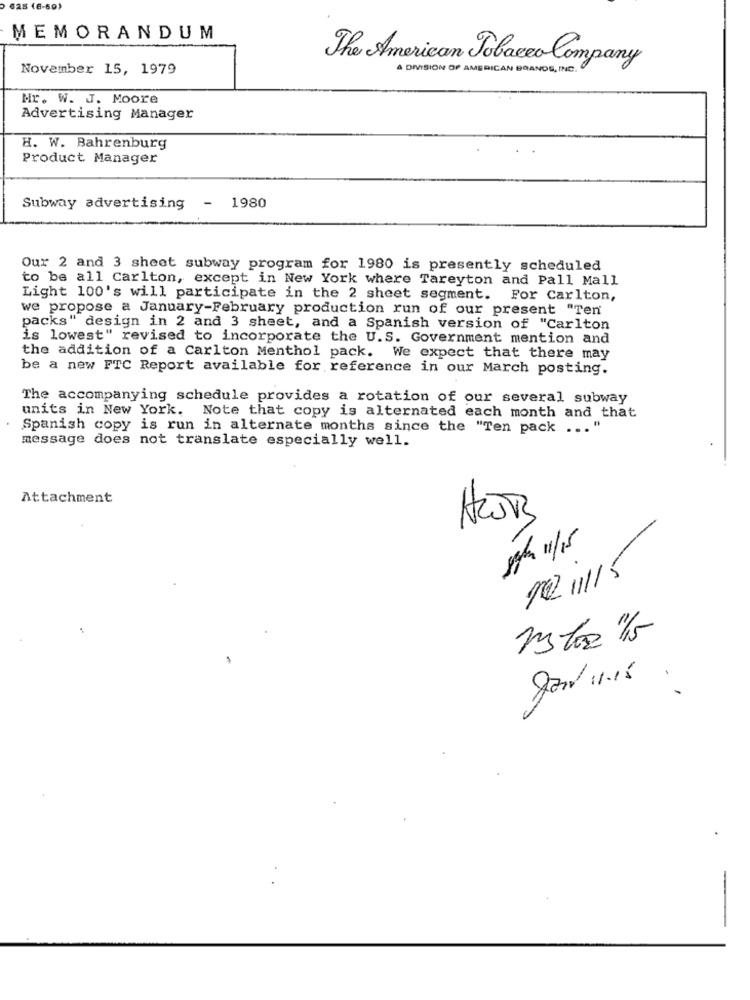
625 (6-69)
MEMORANDUM
The American Tobacco Company
November 15, 1979
DIVISION OF AMERICAN BRANDS, INC.
Mr. W. J. Moore
Advertising Manager
H. W. Bahrenburg
Product Manager
Subway advertising
- 1980
Our 2 and 3 sheet subway program for 1980 is presently scheduled
to be all Carlton, except in New York where Tareyton and Pall Mall
Light 100's will participate in the 2 sheet segment. For Carlton,
we propose a January-February production run of our present "Ten
packs" design in 2 and 3 sheet, and a Spanish version of "Carlton
is lowest" revised to incorporate the U.S. Government mention and
the addition of a Carlton Menthol pack. We expect that there may
be a new FTC Report available for reference in our March posting.
The accompanying schedule provides a rotation of our several subway
units in New York. Note that copy is alternated each month and that
Spanish copy is run in alternate months since the "Ten pack ... "
message does not translate especially well.
Attachment
ggle 11/15
102 1115
-